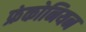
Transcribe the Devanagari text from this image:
फ्रंकोनियन